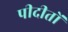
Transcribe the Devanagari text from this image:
पीदीतों